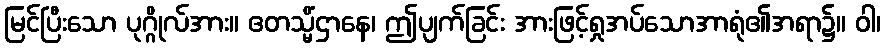
မြင်ပြီးသော ပုဂ္ဂိုလ်အား။ ဧတသ္မိံဌာနေ၊ ဤပျက်ခြင်း အားဖြင့်ရှုအပ်သောအာရုံ၏အရာ၌။ ဝါ၊